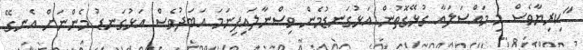
"ކިރިޔާވެސް މި މައްސަލައާ ގުޅޭގޮތުން އަޅުގަނޑުމެން ވިސްނާލައިފިނަމަ އަބަދުވެސް އަޅުގަނޑު މެންނަށް އެނގޭ